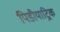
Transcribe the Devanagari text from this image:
पिडीयाट्रिक